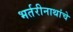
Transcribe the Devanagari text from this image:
भर्तरीनाथांचे